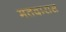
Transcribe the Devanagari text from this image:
मतदारास